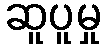
ဆူပူမှု